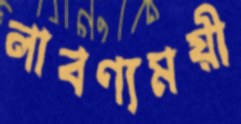
লাবণ্যময়ী